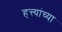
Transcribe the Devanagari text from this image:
हत्त्यांच्या